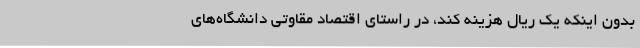
بدون اینکه یک ریال هزینه کند، در راستای اقتصاد مقاوتی دانشگاه‌های